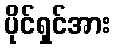
ပိုင်ရှင်အား